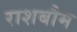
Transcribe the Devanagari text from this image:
राशबौम